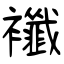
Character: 襳